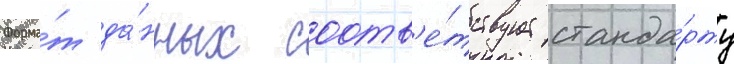
Форма́т да́нных соотв'е́тствует станда́рту